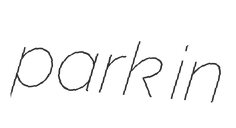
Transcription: park in